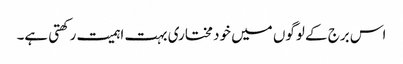
اس برج کے لوگوں میں خود مختاری بہت اہمیت رکھتی ہے۔